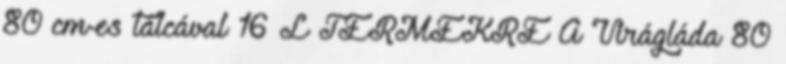
80 cm-es tálcával 16 L TERMÉKRE A Virágláda 80